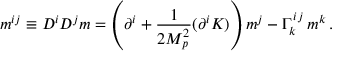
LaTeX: m ^ { i j } \equiv D ^ { i } D ^ { j } m = \left( \partial ^ { i } + \frac { 1 } { 2 M _ { p } ^ { 2 } } ( \partial ^ { i } K ) \right) m ^ { j } - \Gamma _ { k } ^ { i \, j } \, m ^ { k } \, .